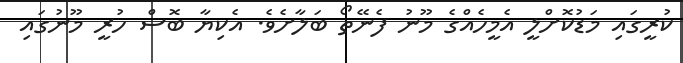
ކުރީގައި މަޑުކޮށްލީ އެމީހެއްގެ މޫނު ފެނޭތޯ ބަލާށެވެ. އެކިޔާ ބޮސް ހުރީ މޫނުގައި